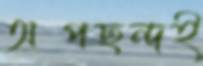
অপছন্দই